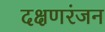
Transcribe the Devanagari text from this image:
दक्षणरंजन